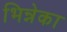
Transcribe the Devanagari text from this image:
भिन्नेका